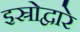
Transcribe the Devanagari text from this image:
इस्रोद्वारे